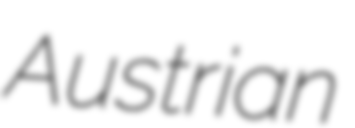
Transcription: Austrian